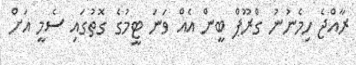
ރާއްޖެ ހިމެނުނު ގްރޫޕް ބީން އެއް ވަނަ ޓީމުގެ ގޮތުގައި ސެމީ އަށް